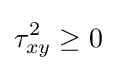
\tau _{xy}^{2}\geq 0~